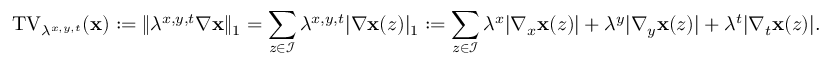
\mathrm { T V } _ { \lambda ^ { x , y , t } } ( \mathbf { x } ) : = \| \lambda ^ { x , y , t } \nabla \mathbf { x } \| _ { 1 } = \sum _ { z \in \mathcal { I } } \lambda ^ { x , y , t } | \nabla \mathbf { x } ( z ) | _ { 1 } : = \sum _ { z \in \mathcal { I } } \lambda ^ { x } | \nabla _ { x } \mathbf { x } ( z ) | + \lambda ^ { y } | \nabla _ { y } \mathbf { x } ( z ) | + \lambda ^ { t } | \nabla _ { t } \mathbf { x } ( z ) | .